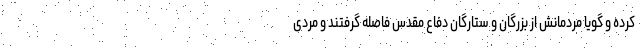
کرده و گویا مردمانش از بزرگان و ستارگان دفاع مقدس فاصله گرفتند و مردی